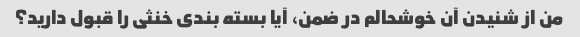
من از شنیدن آن خوشحالم در ضمن، آیا بسته بندی خنثی را قبول دارید؟